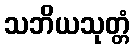
သဘိယသုတ္တံ